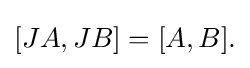
\displaystyle {[JA,JB]=[A,B].}